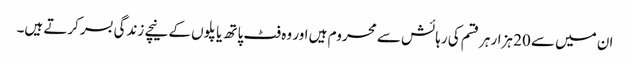
ان میں سے 20 ہزارہر قسم کی رہائش سے محروم ہیں اور وہ فٹ پاتھ یا پلوں کے نیچے زندگی بسر کرتے ہیں۔